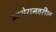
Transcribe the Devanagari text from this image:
माथेरानवरील